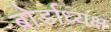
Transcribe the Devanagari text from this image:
बोर्डाध्यक्ष